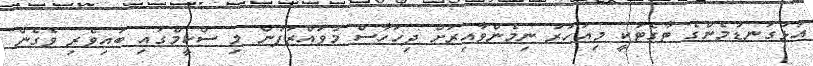
އަޅުގަނޑުމެންގެ ޓާގެޓަކީ މިއަހަރު ނިމެންވާއިރަށް ދިހަހާސް މުވައްޒަފުން މި ސްކީމްގައި ބައިވެރި ވެގެން